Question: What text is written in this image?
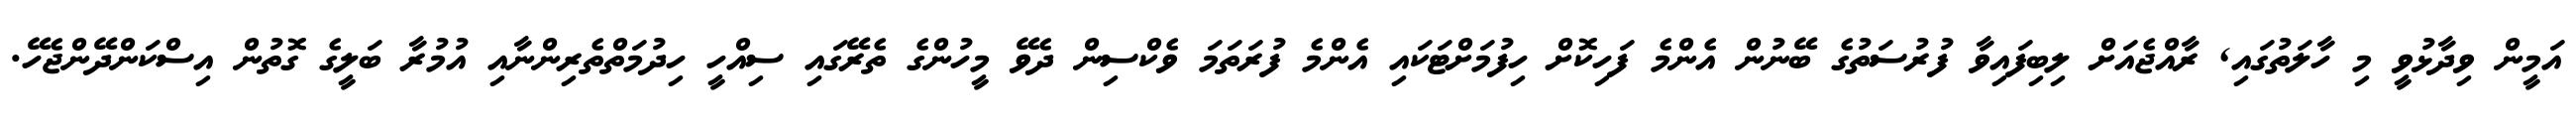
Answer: އަމީން ވިދާޅުވީ މި ހާލަތުގައި, ރާއްޖެއަށް ލިބިފައިވާ ފުރުސަތުގެ ބޭނުން އެންމެ ފަހިކޮށް ހިފުމަށްޓަކައި އެންމެ ފުރަތަމަ ވެކްސިން ދެވޭ މީހުންގެ ތެރޭގައި ސިއްހީ ހިދުމަތްތެރިންނާއި އުމުރާ ބަލީގެ ގޮތުން އިސްކަންދޭންޖެހޭ.